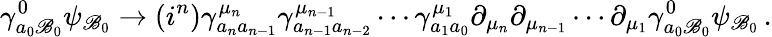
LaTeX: \gamma_{a_{0}\mathscr{B}_{0}}^{0}\psi_{\mathscr{B}_{0}}\rightarrow(i^{n})\gamma_{a_{n}a_{n-1}}^{\mu_{n}}\gamma_{a_{n-1}a_{n-2}}^{\mu_{n-1}}\cdots\gamma_{a_{1}a_{0}}^{\mu_{1}}\partial_{\mu_{n}}\partial_{\mu_{n-1}}\cdots\partial_{\mu_{1}}\gamma_{a_{0}\mathscr{B}_{0}}^{0}\psi_{\mathscr{B}_{0}}\, .